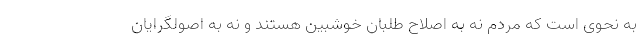
به نحوی است که مردم نه به اصلاح طلبان خوشبین هستند و نه به اصولگرایان